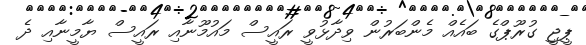
ޕީޖީ ގުރޫޕްގެ ބައެއް މެންބަރުން ވިދާޅުވީ ރައީސް މައުމޫނާއި ރައީސް ޔާމީނާއި ދެ